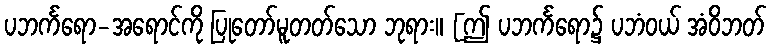
ပဘင်္ကရော-အရောင်ကို ပြုတော်မူတတ်သော ဘုရား။ [ဤ ပဘင်္ကရော၌ ပဘံဝယ် အံဝိဘတ်